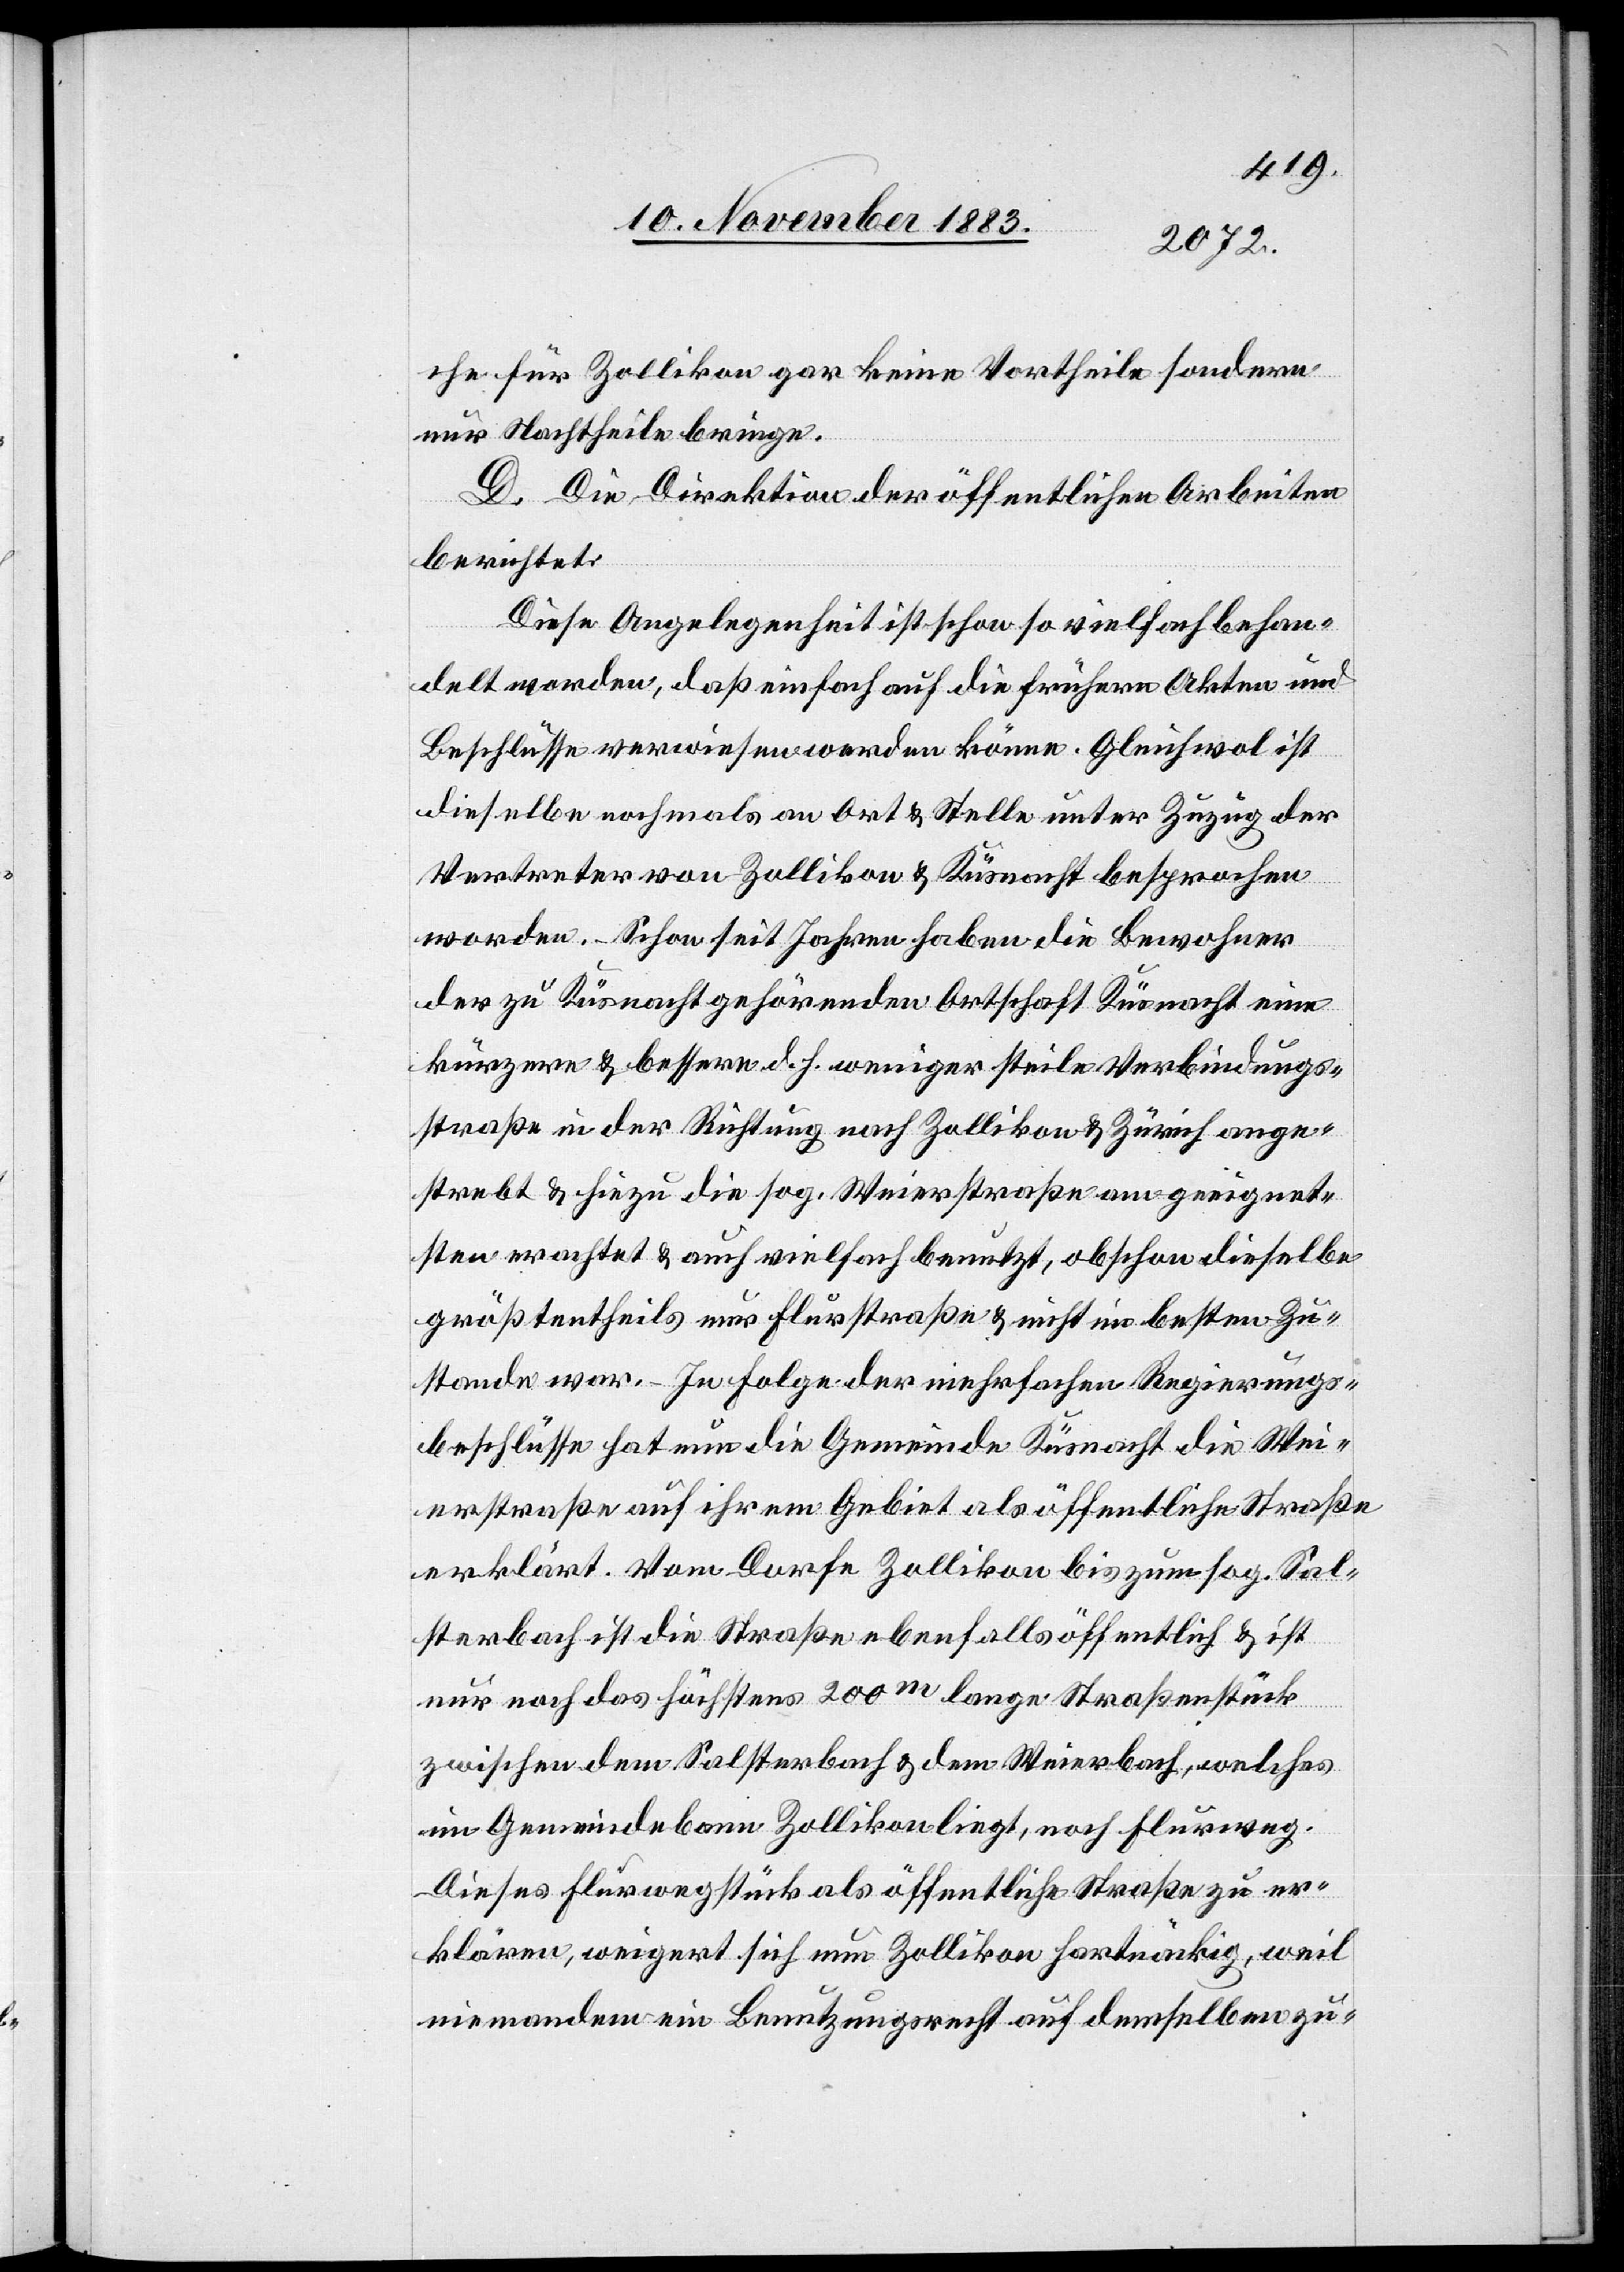
che für Zollikon gar keine Vortheile sondern
nur Nachtheile bringe.
D. Die Direktion der öffentlichen Arbeiten
berichtet:
Diese Angelegenheit ist schon so vielfach behan¬
delt worden, daß einfach auf die frühern Akten und
Beschlüsse verwiesen werden könne. Gleichwol ist
dieselbe nochmals an Ort & Stelle unter Zuzug der
Vertreter von Zollikon & Küsnacht besprochen
worden. Schon seit Jahren haben die Bewohner
der zu Küsnacht gehörenden Ortschaft Küsnacht eine
kürzere & bessere d. h. weniger steile Verbindungs¬
straße in der Richtung nach Zollikon & Zürich ange¬
strebt & hiezu die sog. Weierstraße am geeignet¬
sten erachtet & auch vielfach benutzt, obschon dieselbe
größtentheils nur Flurstraße & nicht im besten Zu¬
stande war. – In Folge der mehrfachen Regierungs¬
beschlüsse hat nun die Gemeinde Küsnacht die Wei¬
erstraße auf ihrem Gebiet als öffentliche Straße
erklärt. Vom Dorfe Zollikon bis zum sog. Sal¬
sterbach ist die Straße ebenfalls öffentlich & ist
nur noch das höchstens 200m lange Straßenstück
zwischen dem Salsterbach & dem Weierbach, welches
im Gemeindebann Zollikon liegt, noch [sic!] Flurweg.
Dieses Flurwegstück als öffentliche Straße zu er¬
klären, weigert sich nun Zollikon hartnäckig, weil
niemandem ein Benutzungsrecht auf demselben zu-